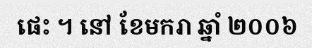
ផេះ ។ នៅ ខែមករា ឆ្នាំ ២០០៦